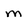
Character: m